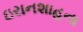
ઇરાનશાહના